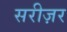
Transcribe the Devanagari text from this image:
सरीज़र